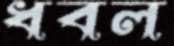
ধবল